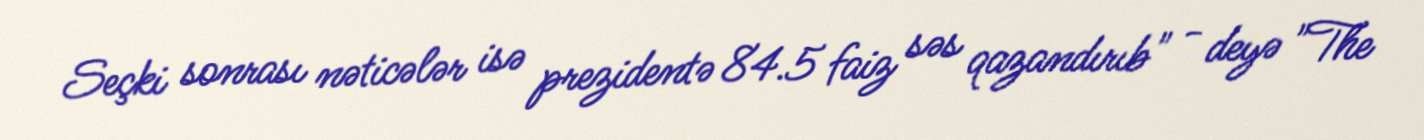
Seçki sonrası nəticələr isə prezidentə 84.5 faiz səs qazandırıb" - deyə "The